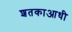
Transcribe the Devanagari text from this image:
शतकाआधी